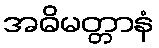
အဓိမတ္တာနံ